Vaccination in Bombay 1863-1868 - 1863-1868
Year: 1863
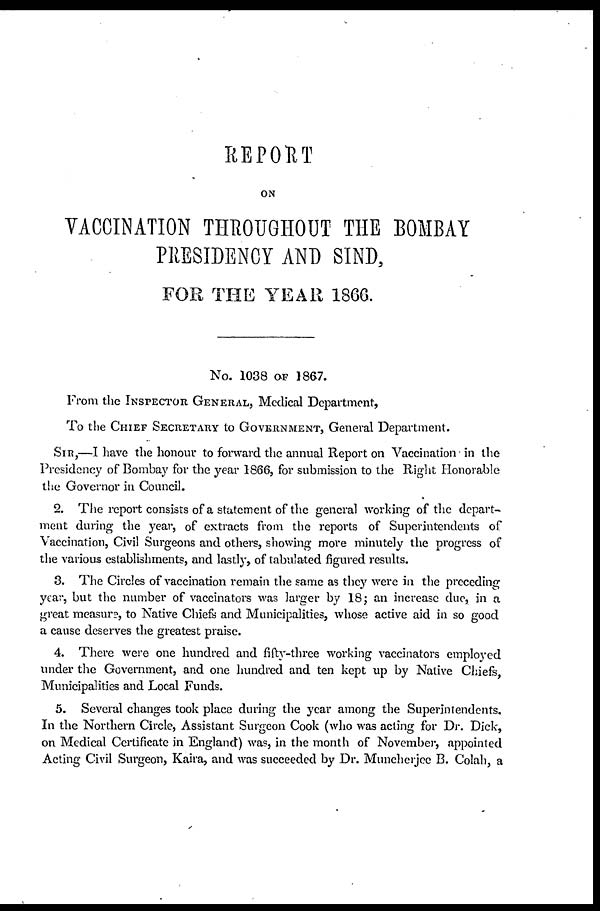
REPORT
ON
VACCINATION THROUGHOUT THE BOMBAY
PRESIDENCY AND SIND,
FOR THE YEAR 1866.
No. 1038 OF 1867.
From the INSPECTOR GENERAL, Medical Department,
To the CHIEF SECRETARY to GOVERNMENT, General Department.
SIR,—I have the honour to forward the annual Report on Vaccination in the
Presidency of Bombay for the year 1866, for submission to the Right Honorable
the Governor in Council.
2. The report consists of a statement of the general working of the depart-
ment during the year, of extracts from the reports of Superintendents of
Vaccination, Civil Surgeons and others, showing more minutely the progress of
the various establishments, and lastly, of tabulated figured results.
3. The Circles of vaccination remain the same as they were in the preceding
year, but the number of vaccinators was larger by 18; an increase due, in a
great measure, to Native Chiefs and Municipalities, whose active aid in so good
a cause deserves the greatest praise.
4. There were one hundred and fifty-three working vaccinators employed
under the Government, and one hundred and ten kept up by Native Chiefs,
Municipalities and Local Funds.
5. Several changes took place during the year among the Superintendents.
In the Northern Circle, Assistant Surgeon Cook (who was acting for Dr. Dick,
on Medical Certificate in England) was, in the month of November, appointed
Acting Civil Surgeon, Kaira, and was succeeded by Dr. Muncherjee B. Colah, a